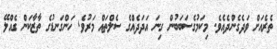
ތެރެއަށް ވަދެގެންދެއެވެ. މިކަމުގެސަބަބުން ގިނަ އަދަދެއްގެ ސެލްތައް މަރުވެ